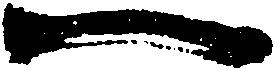
一